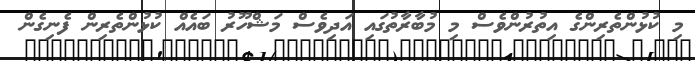
މި ކުޅުންތެރިންގެ އިތުރުންވެސް މި މުބާރާތުގައި އަދިވެސް މަޝްހޫރު ބައެއް ކުޅުންތެރިން ފެނިގެން